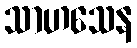
သာဟသေန